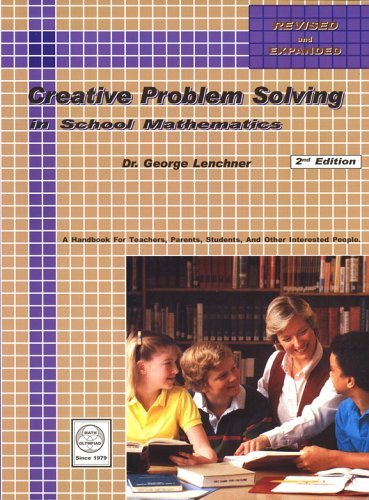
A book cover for Creative Problem Solving in School Mathematics; George Lenchner; Business & Money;